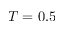
T = 0 . 5